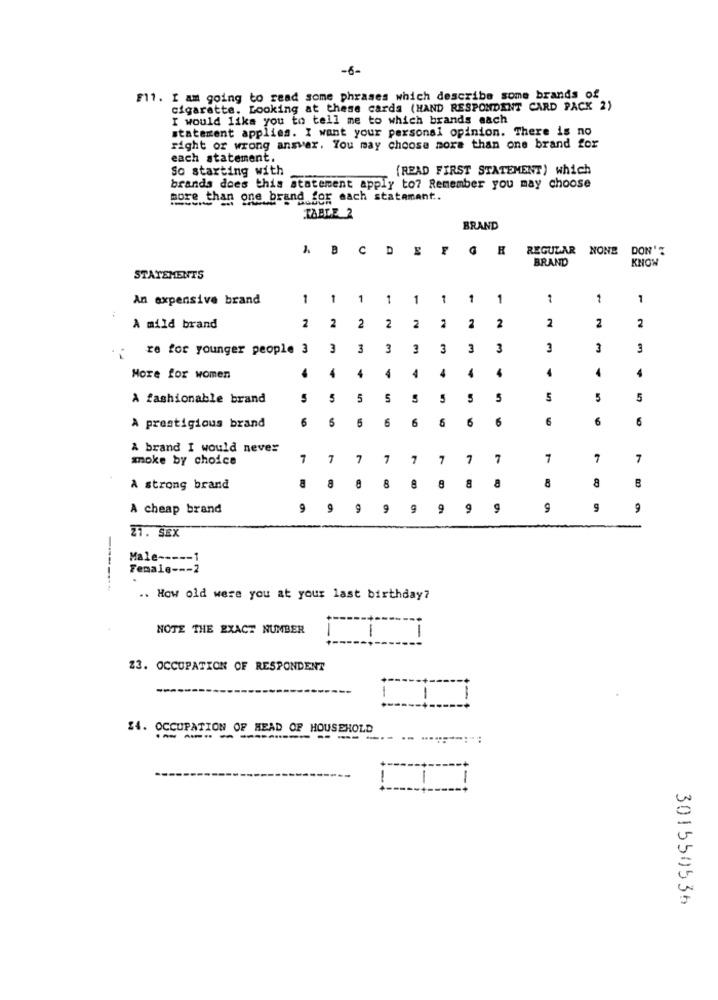
-6-
F11. I am going to read some phrases which describe some brands of
cigarette. Looking at these cards (HAND RESPONDENT CARD PACK 2)
I would like you to tell me to which brands sach
statement applies. I want your personal opinion. There is no
right or wrong answer. You may choose more than one brand for
each statement.
So starting with
(READ FIRST STATEMENT) which
brands does this statement apply to? Remember you may choose
more than one brand for each statement ..
TABLE 2
BRAND
ABCDEFGR
REGULAR NONE
DON'T
BRAND
KNOW
STATEMENTS
An expensive brand
1
1 1
1
1 1
1
1
1
:
2
A mild brand
2
2
2
2
2
2
2
2
re for younger people 3
3
3
3
3
3
3
3
3
3
3
4
4
4
4
4
4
Hore for women
A fashionable brand
5
5
5
5
5
5
5
5
5
6
5
6
6
6
6
6
6
6
A prestigious brand
A brand I would never
moke by choice
1
7
7
7
7
7
7
7
7
7
7
8
8
8
B
A strong brand
8
8
A cheap brand
9
9
9
9
9
9
9
9
9
9
21. SEX
Male ----- 1
Female --- 2
.. How old were you at your last birthday?
NOTE THE EXACT NUMBER
1
23. OCCUPATION OF RESPONDENT
1
14. OCCUPATION OF HEAD OF HOUSEHOLD
301550536